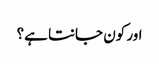
اور کون جانتا ہے؟